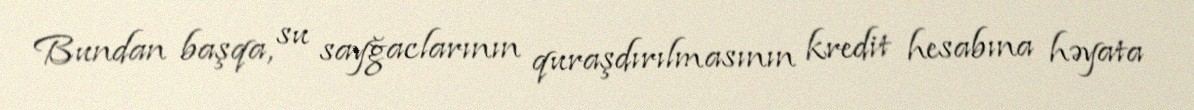
Bundan başqa, su sayğaclarının quraşdırılmasının kredit hesabına həyata